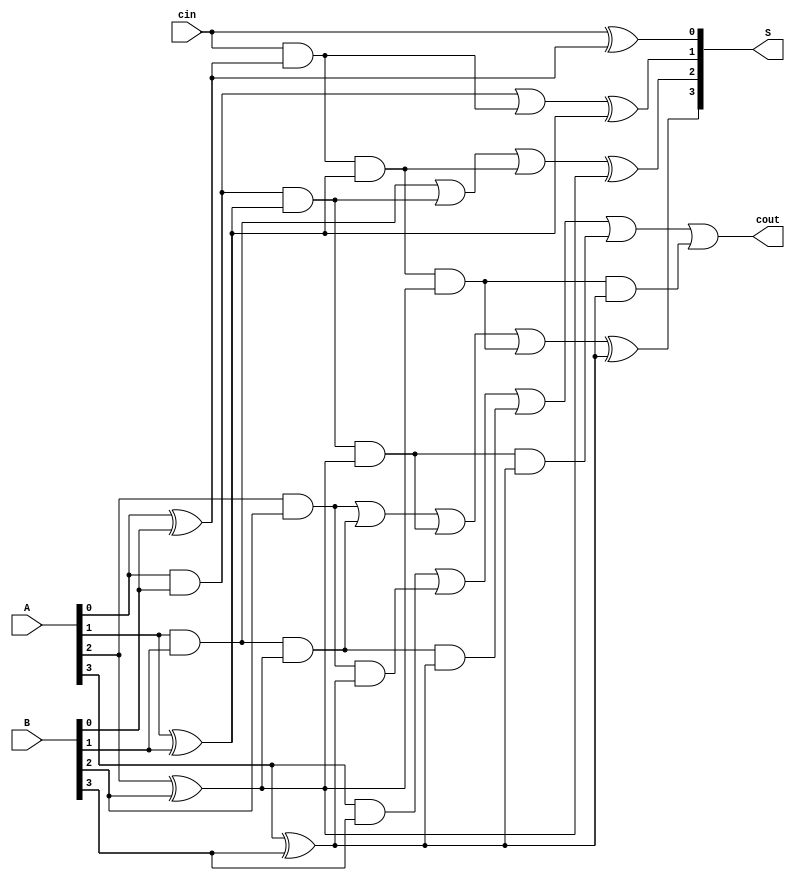
module Lab2_4_bit_CLA_beh(input [3:0] A, B, input cin, output [3:0] S, output cout);

  reg [4:1] C;
  reg [3:0] P;
  reg [3:0] G;
  reg [3:0] S1;
  reg cout1;

  always @(*)
  begin

    P[0] = A[0] ^ B[0];
    P[1] = A[1] ^ B[1];
    P[2] = A[2] ^ B[2];
    P[3] = A[3] ^ B[3];

    G[0] = A[0] & B[0];
    G[1] = A[1] & B[1];
    G[2] = A[2] & B[2];
    G[3] = A[3] & B[3];

    C[1] = G[0] | (cin & P[0]);
    C[2] = G[1] | (G[0] & P[1]) | (cin & P[0] & P[1]);
    C[3] = G[2] | (G[1] & P[2]) | (G[0] & P[1] & P[2]) | (cin & P[0] & P[1] & P[2]);
    C[4] = G[3] | (G[2] & P[3]) | (G[1] & P[2] & P[3]) | (G[0] & P[1] & P[2] & P[3]) | (cin & P[0] & P[1] & P[2] & P[3]);
    
    S1[0] = cin ^ P[0];
    S1[1] = C[1] ^ P[1];
    S1[2] = C[2] ^ P[2];
    S1[3] = C[3] ^ P[3];
    cout1 = C[4];
  end

  assign S[0] = S1[0];
  assign S[1] = S1[1];
  assign S[2] = S1[2];
  assign S[3] = S1[3];
  assign cout = cout1;

endmodule